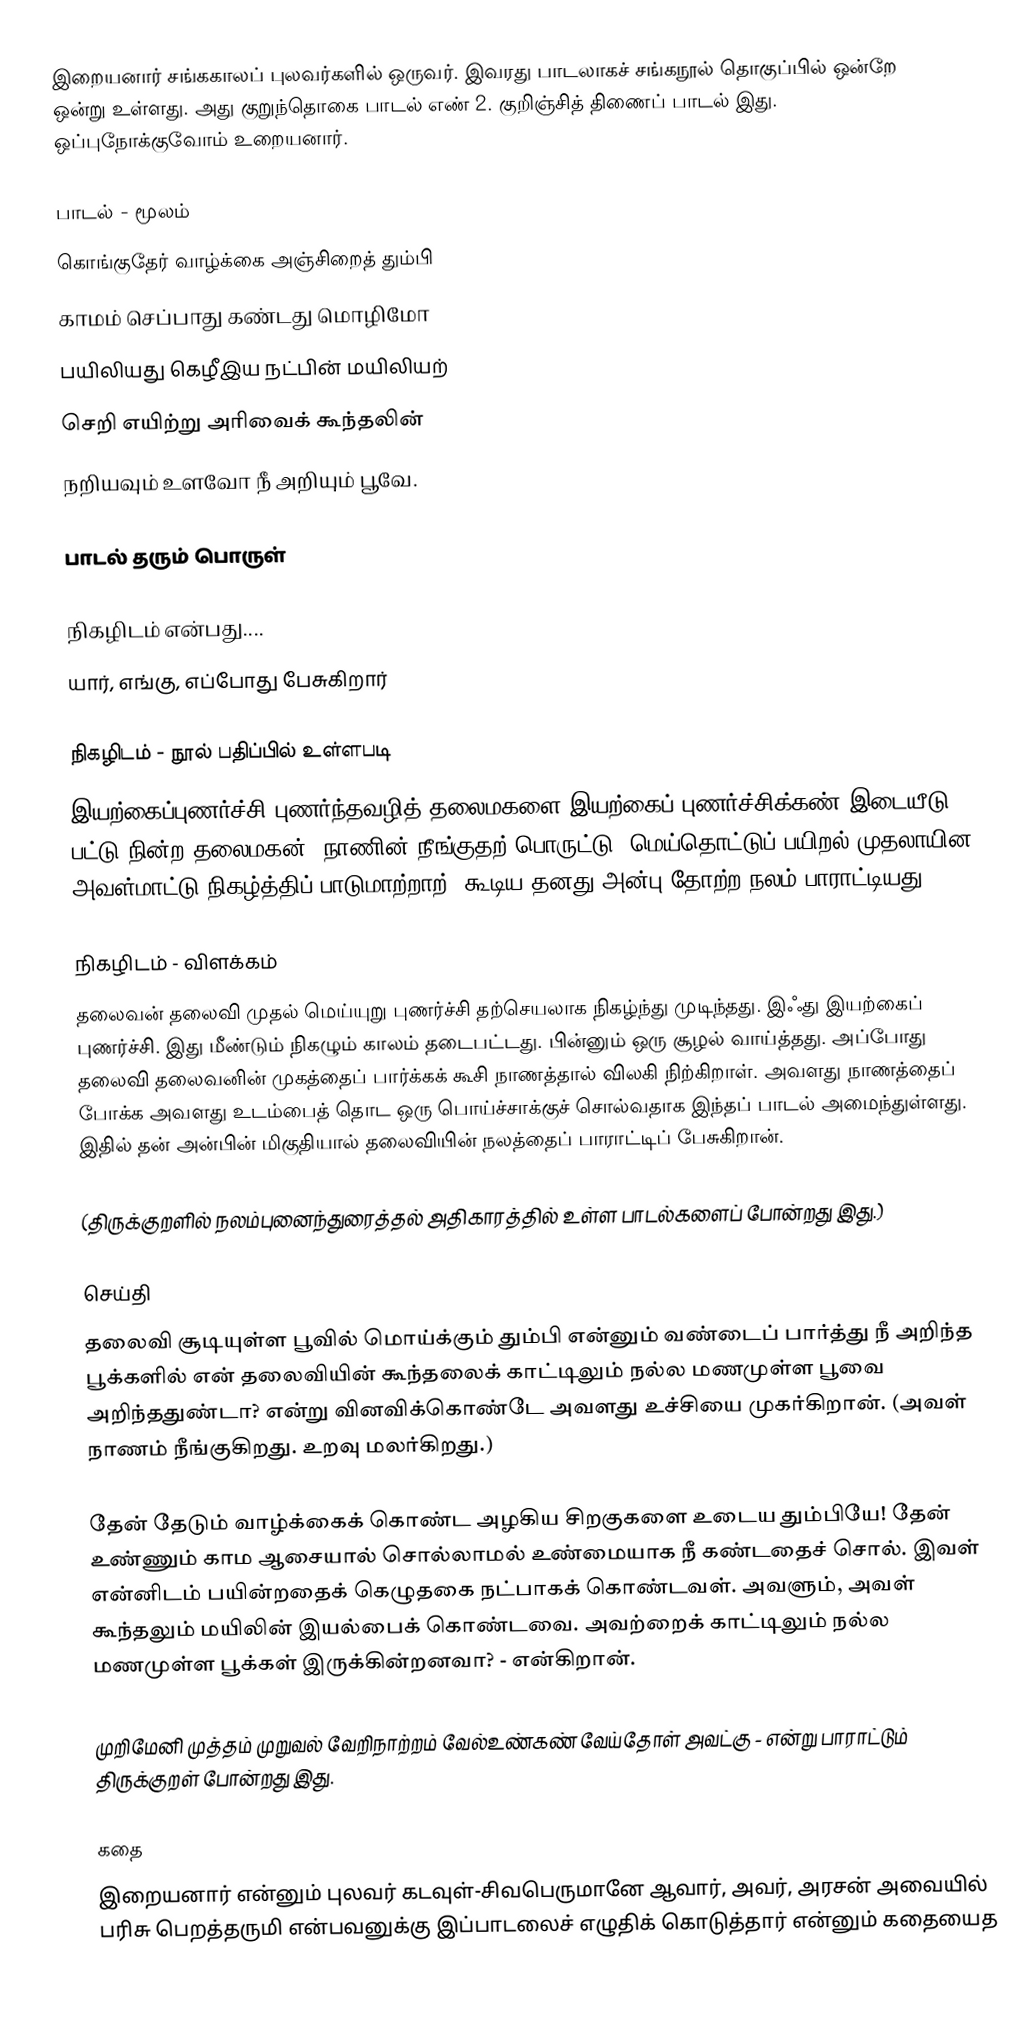
இறையனார் சங்ககாலப் புலவர்களில் ஒருவர். இவரது பாடலாகச் சங்கநூல் தொகுப்பில் ஒன்றே ஒன்று உள்ளது. அது குறுந்தொகை பாடல் எண் 2. குறிஞ்சித் திணைப் பாடல் இது. ஒப்புநோக்குவோம் உறையனார்.

பாடல் - மூலம்
கொங்குதேர் வாழ்க்கை அஞ்சிறைத் தும்பி
காமம் செப்பாது கண்டது மொழிமோ
பயிலியது கெழீஇய நட்பின் மயிலியற்
செறி எயிற்று அரிவைக்  கூந்தலின்
நறியவும் உளவோ நீ அறியும் பூவே.

பாடல் தரும் பொருள்

நிகழிடம் என்பது....
யார், எங்கு, எப்போது பேசுகிறார்

நிகழிடம் - நூல் பதிப்பில் உள்ளபடி
இயற்கைப்புணர்ச்சி புணர்ந்தவழித் தலைமகளை இயற்கைப் புணர்ச்சிக்கண் இடையீடு பட்டு நின்ற தலைமகன், நாணின் நீங்குதற் பொருட்டு, மெய்தொட்டுப் பயிறல் முதலாயின அவள்மாட்டு நிகழ்த்திப் பாடுமாற்றாற், கூடிய தனது அன்பு தோற்ற நலம் பாராட்டியது.

நிகழிடம் - விளக்கம்
தலைவன் தலைவி முதல் மெய்யுறு புணர்ச்சி தற்செயலாக நிகழ்ந்து முடிந்தது. இஃது இயற்கைப் புணர்ச்சி. இது மீண்டும் நிகழும் காலம் தடைபட்டது. பின்னும் ஒரு சூழல் வாய்த்தது. அப்போது தலைவி தலைவனின் முகத்தைப் பார்க்கக் கூசி நாணத்தால் விலகி நிற்கிறாள். அவளது நாணத்தைப் போக்க அவளது உடம்பைத் தொட ஒரு பொய்ச்சாக்குச் சொல்வதாக இந்தப் பாடல் அமைந்துள்ளது. இதில் தன் அன்பின் மிகுதியால் தலைவியின் நலத்தைப் பாராட்டிப் பேசுகிறான்.

(திருக்குறளில் நலம்புனைந்துரைத்தல் அதிகாரத்தில் உள்ள பாடல்களைப் போன்றது இது.)

செய்தி
தலைவி சூடியுள்ள பூவில் மொய்க்கும் தும்பி என்னும் வண்டைப் பார்த்து நீ அறிந்த பூக்களில் என் தலைவியின் கூந்தலைக் காட்டிலும் நல்ல மணமுள்ள பூவை அறிந்ததுண்டா? என்று வினவிக்கொண்டே அவளது உச்சியை முகர்கிறான். (அவள் நாணம் நீங்குகிறது. உறவு மலர்கிறது.)

தேன் தேடும் வாழ்க்கைக்  கொண்ட அழகிய சிறகுகளை உடைய தும்பியே! தேன் உண்ணும் காம ஆசையால் சொல்லாமல் உண்மையாக நீ கண்டதைச் சொல். இவள் என்னிடம் பயின்றதைக் கெழுதகை நட்பாகக் கொண்டவள். அவளும், அவள் கூந்தலும் மயிலின் இயல்பைக் கொண்டவை. அவற்றைக் காட்டிலும் நல்ல மணமுள்ள பூக்கள் இருக்கின்றனவா? - என்கிறான்.

முறிமேனி முத்தம் முறுவல் வேறிநாற்றம் வேல்உண்கண் வேய்தோள் அவட்கு  - என்று பாராட்டும் திருக்குறள் போன்றது இது.

கதை
இறையனார் என்னும் புலவர் கடவுள்-சிவபெருமானே ஆவார், அவர், அரசன் அவையில் பரிசு பெறத்தருமி என்பவனுக்கு இப்பாடலைச் எழுதிக் கொடுத்தார் என்னும் கதையைத